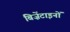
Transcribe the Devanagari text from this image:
बिज़ेंटाइनों